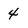
Character: 4